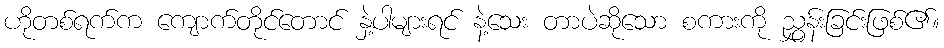
ဟိုတစ်ရက်က ကျောက်တိုင်တောင် နှဲ့ပါများရင် နဲ့သေး တာပဲဆိုသော စကားကို ညွှန်းခြင်းဖြစ်၏။